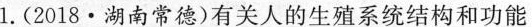
1.(2018·湖南常德)有关人的生殖系统结构和功能